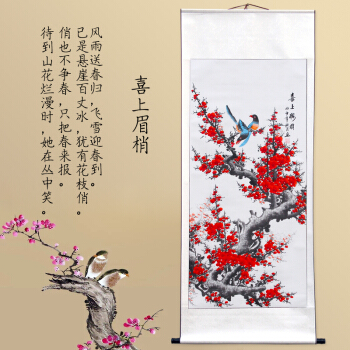
闹花深处层楼，画帘半卷东风软。